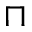
\sqcap